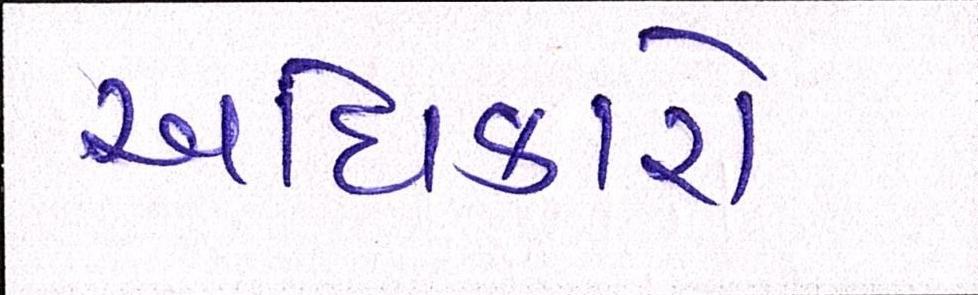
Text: અધિકારો